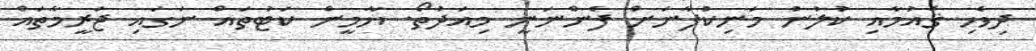
ދިވެހި ޤައުމާއި ކުލުނު މަނިކުފާނަށް ފެންނަނީ މިއަދުތޯ. ޔާމީން ކަޓުތައް ނަގައި ޖަރީމާތައް